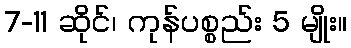
7-11 ဆိုင်၊ ကုန်ပစ္စည်း 5 မျိုး။